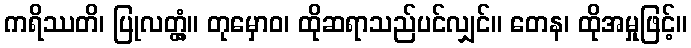
ကရိဿတိ၊ ပြုလတ္တံ့။ တုမှောဝ၊ ထိုဆရာသည်ပင်လျှင်။ တေန၊ ထိုအမှုဖြင့်။